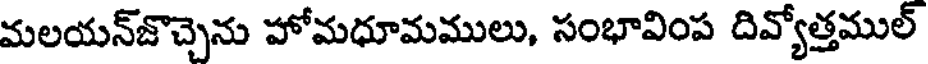
మలయన్జొచ్చెను హోమధూమములు, సంభావింప దివ్యోత్తముల్